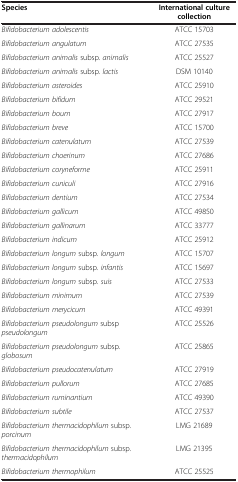
<table><thead><tr><td><b>Species</b></td><td><b>International culture collection</b></td></tr></thead><tbody><tr><td><i>Bifidobacterium adolescentis</i></td><td>ATCC 15703</td></tr><tr><td><i>Bifidobacterium angulatum</i></td><td>ATCC 27535</td></tr><tr><td><i>Bifidobacterium animalis</i> subsp<i>. animalis</i></td><td>ATCC 25527</td></tr><tr><td><i>Bifidobacterium animalis</i> subsp<i>. lactis</i></td><td>DSM 10140</td></tr><tr><td><i>Bifidobacterium asteroides</i></td><td>ATCC 25910</td></tr><tr><td><i>Bifidobacterium bifidum</i></td><td>ATCC 29521</td></tr><tr><td><i>Bifidobacterium boum</i></td><td>ATCC 27917</td></tr><tr><td><i>Bifidobacterium breve</i></td><td>ATCC 15700</td></tr><tr><td><i>Bifidobacterium catenulatum</i></td><td>ATCC 27539</td></tr><tr><td><i>Bifidobacterium choerinum</i></td><td>ATCC 27686</td></tr><tr><td><i>Bifidobacterium coryneforme</i></td><td>ATCC 25911</td></tr><tr><td><i>Bifidobacterium cuniculi</i></td><td>ATCC 27916</td></tr><tr><td><i>Bifidobacterium dentium</i></td><td>ATCC 27534</td></tr><tr><td><i>Bifidobacterium gallicum</i></td><td>ATCC 49850</td></tr><tr><td><i>Bifidobacterium gallinarum</i></td><td>ATCC 33777</td></tr><tr><td><i>Bifidobacterium indicum</i></td><td>ATCC 25912</td></tr><tr><td><i>Bifidobacterium longum</i> subsp<i>. longum</i></td><td>ATCC 15707</td></tr><tr><td><i>Bifidobacterium longum</i> subsp<i>. infantis</i></td><td>ATCC 15697</td></tr><tr><td><i>Bifidobacterium longum</i> subsp<i>. suis</i></td><td>ATCC 27533</td></tr><tr><td><i>Bifidobacterium minimum</i></td><td>ATCC 27539</td></tr><tr><td><i>Bifidobacterium merycicum</i></td><td>ATCC 49391</td></tr><tr><td><i>Bifidobacterium pseudolongum</i> subsp <i>pseudolongum</i></td><td>ATCC 25526</td></tr><tr><td><i>Bifidobacterium pseudolongum</i> subsp<i>. globosum</i></td><td>ATCC 25865</td></tr><tr><td><i>Bifidobacterium pseudocatenulatum</i></td><td>ATCC 27919</td></tr><tr><td><i>Bifidobacterium pullorum</i></td><td>ATCC 27685</td></tr><tr><td><i>Bifidobacterium ruminantium</i></td><td>ATCC 49390</td></tr><tr><td><i>Bifidobacterium subtile</i></td><td>ATCC 27537</td></tr><tr><td><i>Bifidobacterium thermacidophilum</i> subsp. <i>porcinum</i></td><td>LMG 21689</td></tr><tr><td><i>Bifidobacterium thermacidophilum</i> subsp. <i>thermacidophilum</i></td><td>LMG 21395</td></tr><tr><td><i>Bifidobacterium thermophilum</i></td><td>ATCC 25525</td></tr></tbody></table>